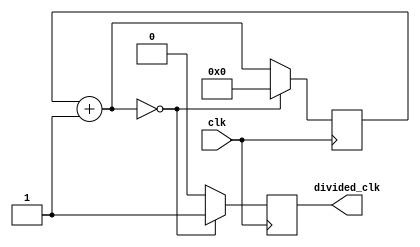
`timescale 1ns / 1ps
//////////////////////////////////////////////////////////////////////////////////
// Company: 
// Engineer: 
// 
// Design Name: 
// Module Name:    clock 
// Project Name: 
// Target Devices: 
// Tool versions: 
// Description: 
//
// Dependencies: 
//
// Revision: 
// Revision 0.01 - File Created
// Additional Comments: 
//
//////////////////////////////////////////////////////////////////////////////////


module clock(
    input clk,
    output reg divided_clk
    );
	 parameter DIVIDER = 0;
	 reg [31:0] counter = 32'b0;
	 
	always @(posedge clk) begin
		if(counter + 32'b1 == DIVIDER) begin
			counter <= 32'b0;
			divided_clk <= 1;
		end
		else begin
			counter <= counter + 32'b1;
			divided_clk <= 0;
		end
	end

endmodule